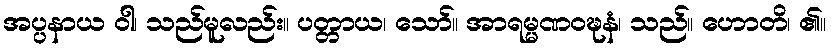
အပ္ပနာယ ဝါ၊ သည်မူလည်း။ ပတ္တာယ၊ သော်။ အာရမ္မဏဝဍ္ဎနံ၊ သည်။ ဟောတိ၊ ၏။